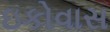
ઇકોવાસ